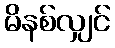
မိနစ်လျှင်